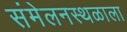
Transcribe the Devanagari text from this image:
संमेलनस्थळाला